Riigikantselei, lk 49
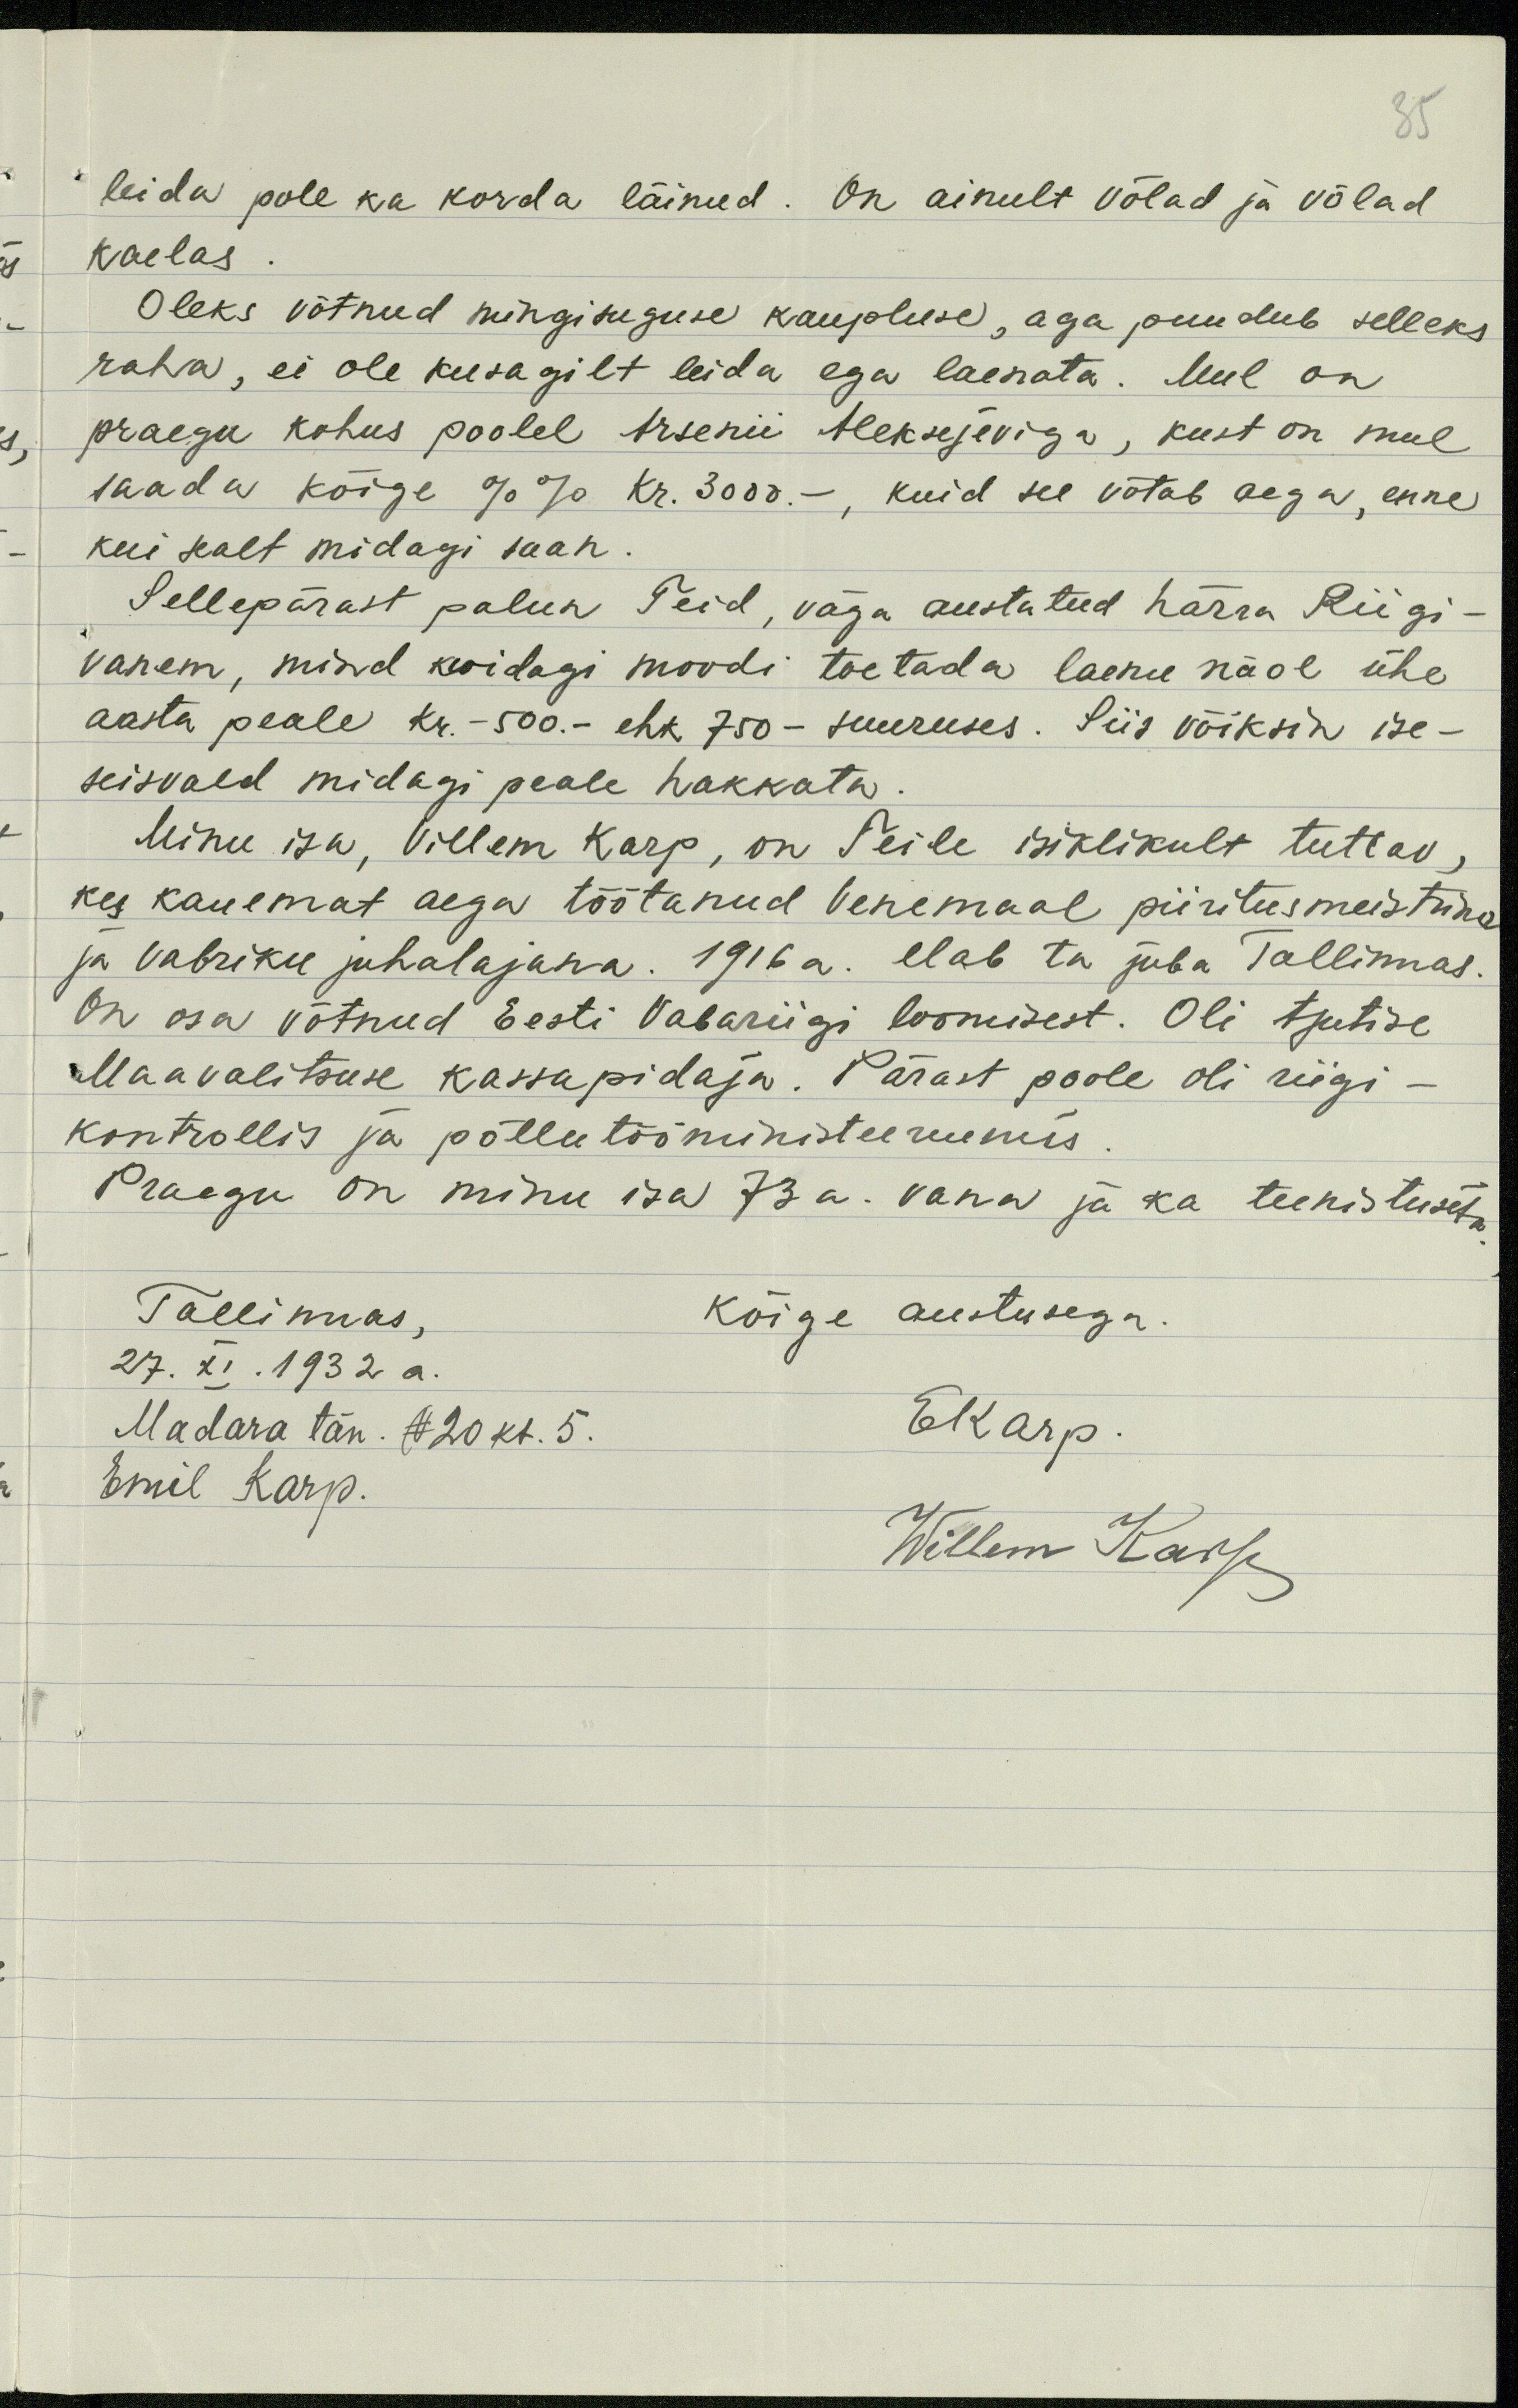
35
leida pole ka korda läinud. On ainult Võlad ja võled
kaelas.
Oleks võtnud mingisuguse kaupluse, aga puudub selleks
raha, ei ole kusagilt leida ega laenata. Mul on
praegu kohus poolel Arsenii Aleksejeviga, kust on mul
saada kõrge %% kr. 3000.- , kuid see võtab aega, enne
kui sealt midagi saan.
Sellepärast palun Teid, väga austatud härra Riigi-
vanem, mind kuidagi moodi toetada laenu näol ühe
aasta peale kr. - 500.- ehk 750 - suuruses. Siis võiksin ise-
seisvald midagi peale hakkata.
Minu isa, Villem Karp, on Teile isiklikult tuttav,
kes kauemat aega töötanud Venemaal piiritusmeistuna
ja vabriku juhalajana. 1916 a. elab ta juba Tallinnas
On osa võtnud Eesti Vabariigi loomisest. Oli Ajutise
Maavalitsuse kassapidaja. Pärast poole oli riigi
kontrollis ja põllutööministeeriumis.
Praegu on minu isa 73 a. vana ja ka teenistuseta
Tallinnas,
kõige austusega.
2/7. XI. 1932 a.
Madara tän. N20 kt. 5.
Ekarp.
Emil Karp.
Willem Karp